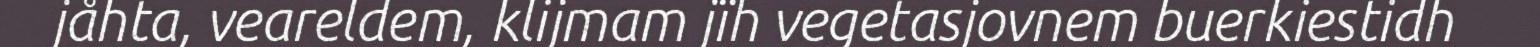
jåhta, veareldem, klijmam jïh vegetasjovnem buerkiestidh